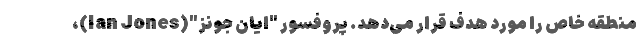
منطقه خاص را مورد هدف قرار می‌دهد. پروفسور "ایان جونز"(Ian Jones)،